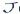
Text: -1